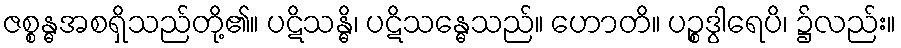
ဇစ္စန္ဓအစရှိသည်တို့၏။ ပဋိသန္ဓိ၊ ပဋိသန္ဓေသည်။ ဟောတိ။ ပဉ္စဒွါရေပိ၊ ၌လည်း။